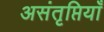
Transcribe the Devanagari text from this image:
असंतृप्तियाँ